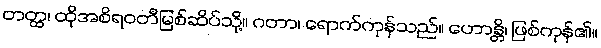
တတ္ထ၊ ထိုအစိရဝတီမြစ်ဆိပ်သို့။ ဂတာ၊ ရောက်ကုန်သည်။ ဟောန္တိ၊ ဖြစ်ကုန်၏။